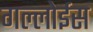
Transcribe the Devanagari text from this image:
गल्लोईस